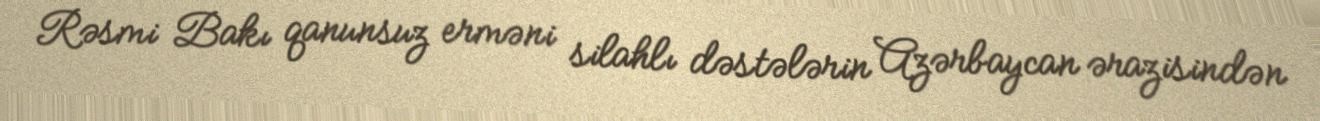
Rəsmi Bakı qanunsuz erməni silahlı dəstələrin Azərbaycan ərazisindən